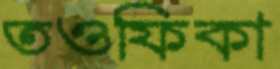
তওফিকা